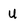
Character: u